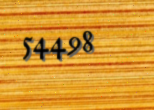
54498